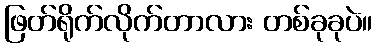
ဖြတ်ရိုက်လိုက်တာလား တစ်ခုခုပဲ။